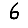
Digit: 6